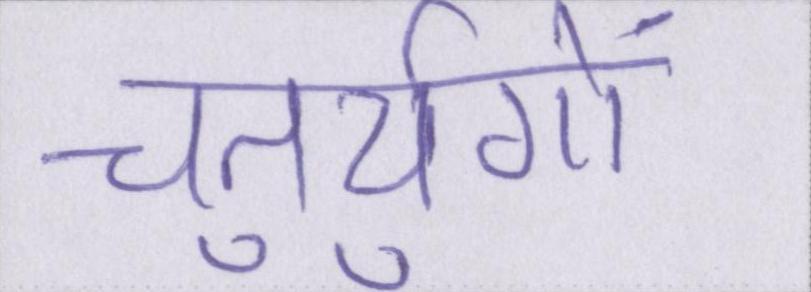
चतुर्युगों